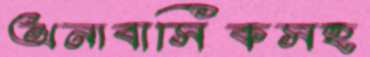
অনাবাসিকসহ